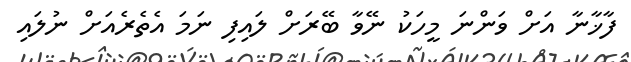
ފާޚާނާ އަށް ވަންނަ މީހަކު ނޭވާ ބޭރަށް ލައިފި ނަމަ އެތެރެއަށް ނުލައި